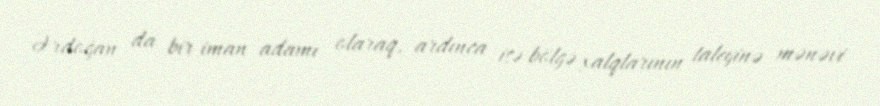
Ərdoğan da bir iman adamı olaraq, ardınca isə bölgə xalqlarının taleyinə mənəvi